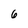
Character: 6